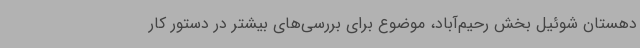
دهستان شوئیل بخش رحیم‌آباد، موضوع برای بررسی‌های بیشتر در دستور کار